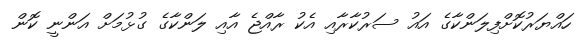
ހައްޔަރުކޮށްފިލަންކާގެ އައު ސަރުކާރާއި އެކު ރާއްޖެ އާއި ލަންކާގެ ގުޅުމަށް އަންނީ ކޮން